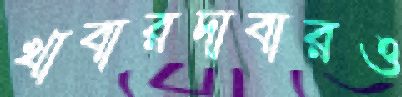
খাবারদাবারও